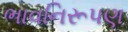
ભાવનિરૂપણ